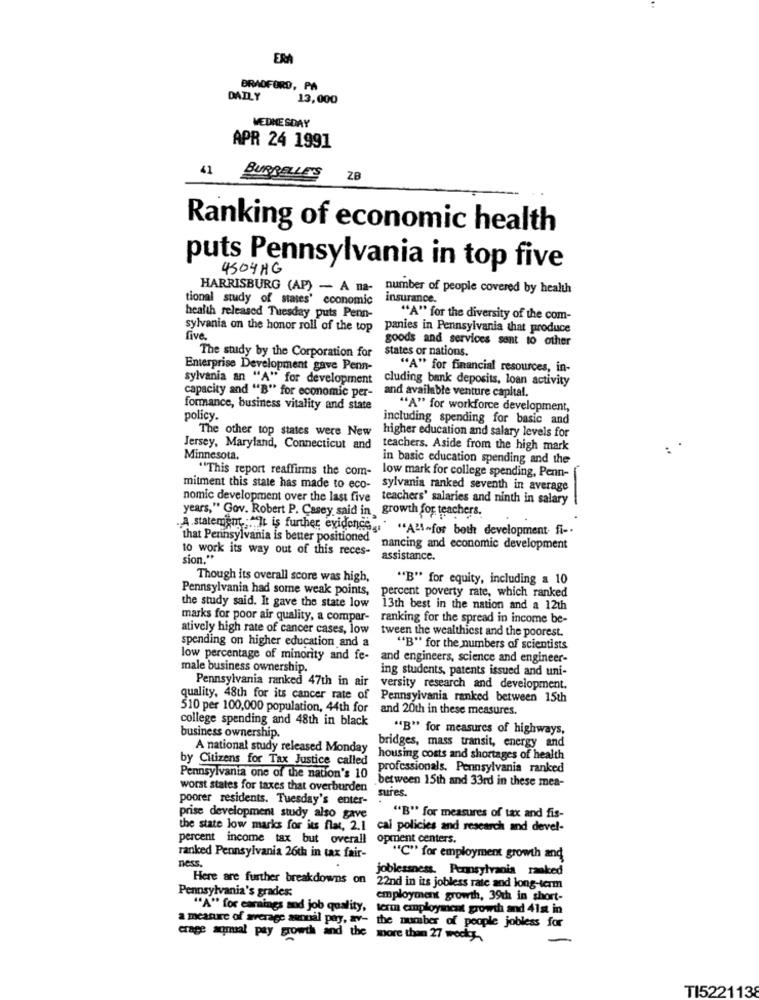
ERA
BRADFORD, PA
DAILY
13,000
WEDNESDAY
APR 24 1991
41
BURRELLE'S
ZB
Ranking of economic health
puts Pennsylvania in top five
4504HG
HARRISBURG (AP) - A na- number of people covered by health
tional study of states' economic
insurance.
health released Tuesday puts Penn-
"A" for the diversity of the com-
sylvania on the honor roll of the top
panies in Pennsylvania that produce
five.
goods and services sent to other
states or nations.
The study by the Corporation for
Enterprise Development gave Penn-
"A" for financial resources, in-
sylvania an "A" for development
cluding bank deposits, loan activity
and available venture capital.
capacity and "B" for economic per-
formance, business vitality and state
"A" for workforce development,
policy.
including spending for basic and
The other top states were New higher education and salary levels for
Jersey, Maryland, Connecticut and teachers. Aside from the high mark
Minnesota.
in basic education spending and the
"This report reaffirms the com-
low mark for college spending, Penn-
mitment this state has made to eco- sylvania ranked seventh in average
nomic development over the last five teachers' salaries and ninth in salary
years," Gov. Robert P. Casey said in,growth for teachers.
.A.statement :""It is further evidence ,. " "All-for both development fi -.
that Pennsylvania is better positioned
to work its way out of this reces-
nancing and economic development
sion."
assistance.
Though its overall score was high,
"B" for equity, including a 10
Pennsylvania had some weak points,
percent poverty rate, which ranked
the study said. It gave the state low
13th best in the nation and a 12th
marks for poor air quality, a compar- ranking for the spread in income be-
atively high rate of cancer cases, low
tween the wealthiest and the poorest.
spending on higher education and a
"B" for the numbers of scientists
low percentage of minority and fe-
and engineers, science and engineer-
male business ownership.
ing students, patents issued and uni-
Pennsylvania ranked 47th in air
versity research and development.
quality, 48th for its cancer rate of
Pennsylvania ranked between 15th
510 per 100,000 population, 44th for
and 20th in these measures.
college spending and 48th in black
"B" for measures of highways,
business ownership.
A national study released Monday
bridges, mass transit, energy and
by Citizens for Tax Justice called
housing costs and shortages of health
professionals, Pennsylvania ranked
Pennsylvania one of the nation's 10
.between 15th and 33rd in these mea-
worst states for taxes that overburden
sures.
poorer residents. Tuesday's enter-
prise development study also gave
"B" for measures of tax and fis-
the state low marks for its flat, 2.1
cai policies and research and devel-
percent income tax but overall
opment centers.
ranked Pennsylvania 26th in tax fair-
"C" for employment growth and
ness.
joblessness, Pennsylvania ranked
Here are further breakdowns on
Pennsylvania's grades:
22nd in its jobless rate and long-term
employment growth, 39th in short-
"A" for earnings aod job quality,
term employment growth and 41st in
a measure of average annual pay, av- the number of people jobless for
crage aqmial pay growth and the more than 27 wody
TI5221138